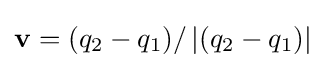
\mathbf {v} =(q_{2}-q_{1})/\left|(q_{2}-q_{1})\right|